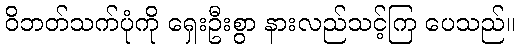
ဝိဘတ်သက်ပုံကို ရှေးဦးစွာ နားလည်သင့်ကြ ပေသည်။